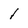
Character: 1